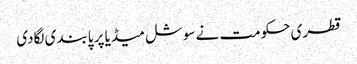
قطری حکومت نے سوشل میڈیا پر پابندی لگادی